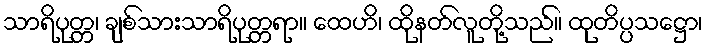
သာရိပုတ္တ၊ ချစ်သားသာရိပုတ္တရာ။ ထေဟိ၊ ထိုနတ်လူတို့သည်။ ထုတိပ္ပသဋ္ဌော၊